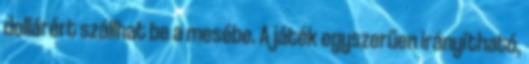
dollárért szállhat be a mesébe. A játék egyszerűen irányítható,